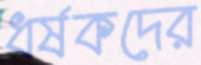
ধর্ষকদের